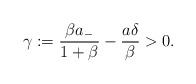
LaTeX: \begin{align*} \gamma:=\frac{\beta a_-}{1+\beta}-\frac{a\delta}{\beta}>0.\end{align*}